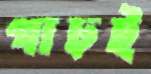
গাঢ়ই